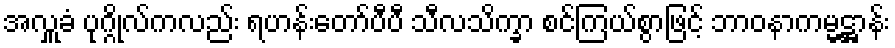
အလှူခံ ပုဂ္ဂိုလ်ကလည်း ရဟန်းတော်ပီပီ သီလသိက္ခာ စင်ကြယ်စွာဖြင့် ဘာဝနာကမ္မဋ္ဌာန်း